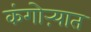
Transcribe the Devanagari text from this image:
कंगोऱ्यात